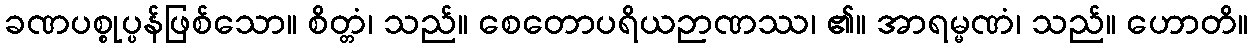
ခဏပစ္စုပ္ပန်ဖြစ်သော။ စိတ္တံ၊ သည်။ စေတောပရိယဉာဏဿ၊ ၏။ အာရမ္မဏံ၊ သည်။ ဟောတိ။